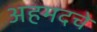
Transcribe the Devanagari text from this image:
अहमदचे